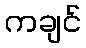
ကချင်